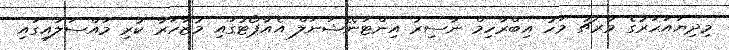
މިދިޔައަހަރުގެ މާރޗު މަހު އިބްރާހިމް ނާސިރު އިންޓަނޭޝަނަލް އެއާޕޯޓުގައި މުޒާހަރާ ކުރި މައްސަލައިގައި